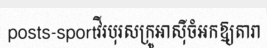
posts-sportវីរបុរសក្រូអាស៊ីចំអកឱ្យតារា